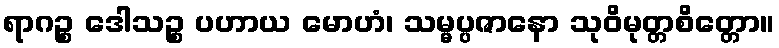
ရာဂဉ္စ ဒေါသဉ္စ ပဟာယ မောဟံ၊ သမ္မပ္ပဇာနော သုဝိမုတ္တစိတ္တော။